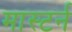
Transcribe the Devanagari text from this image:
मास्टर्न